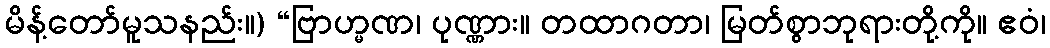
မိန့်တော်မူသနည်း။) “ဗြာဟ္မဏ၊ ပုဏ္ဏား။ တထာဂတာ၊ မြတ်စွာဘုရားတို့ကို။ ဧဝံ၊